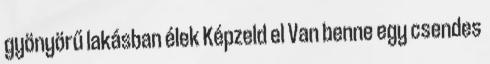
gyönyörű lakásban élek Képzeld el Van benne egy csendes